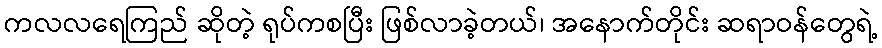
ကလလရေကြည် ဆိုတဲ့ ရုပ်ကစပြီး ဖြစ်လာခဲ့တယ်၊ အနောက်တိုင်း ဆရာဝန်တွေရဲ့